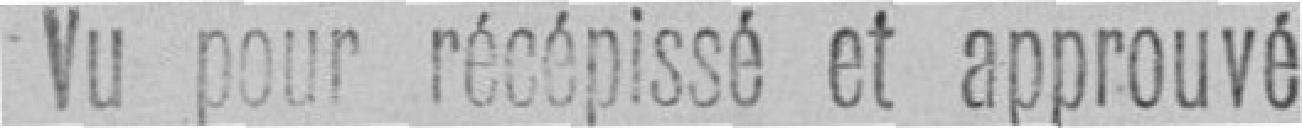
Vu pour récépissé et approuvé